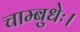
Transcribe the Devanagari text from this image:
चाम्बुधेः।